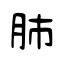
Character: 肺